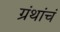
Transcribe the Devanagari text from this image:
ग्रंथांचं